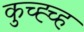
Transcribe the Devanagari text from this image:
कुच्ह्च्ह